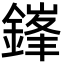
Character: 鎽